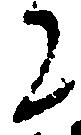
に